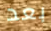
بعد